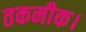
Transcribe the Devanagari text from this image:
तकनीक।